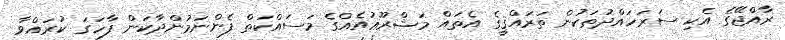
ރާއްޖޭގެ އެކި ސަރަހައްދުތަކުން ތަރައްޤީގެ އެތައް މަޝްރޫޢުއެއްގެ މަސައްކަތް ފެންނަމުންދާކަން ފާހަގަ ކުރައްވާ